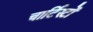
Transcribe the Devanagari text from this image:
चार्टिस्टों